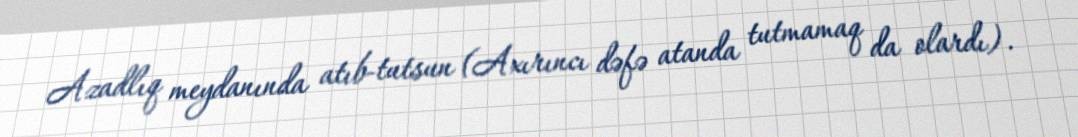
Azadlıq meydanında atıb-tutsun (Axırıncı dəfə atanda tutmamaq da olardı).